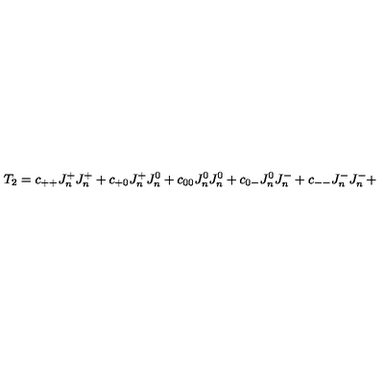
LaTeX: T _ { 2 } = c _ { + + } J _ { n } ^ { + } J _ { n } ^ { + } + c _ { + 0 } J _ { n } ^ { + } J _ { n } ^ { 0 } + c _ { 0 0 } J _ { n } ^ { 0 } J _ { n } ^ { 0 } + c _ { 0 - } J _ { n } ^ { 0 } J _ { n } ^ { - } + c _ { -- } J _ { n } ^ { - } J _ { n } ^ { - } +